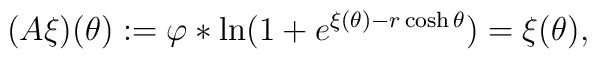
(A\xi )(\theta ):=\varphi \ast \ln (1+e^{\xi (\theta )-r\cosh \theta })=\xi(\theta ),